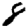
Digit: 8